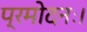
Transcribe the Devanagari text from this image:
प्रमोदनः।